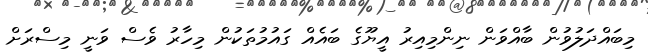
މިބައްދަލުވުން ބާއްވަން ނިންމިއިރު އީޔޫގެ ބައެއް ގައުމުތަކުން މިހާރު ވެސް ވަނީ މިސްރަށް